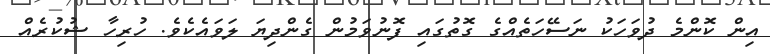
އިން ކޮންމެ ދުވަހަކު ނަސޭހަތެއްގެ ގޮތުގައި ފޮނުވަމުން ގެންދިޔަ ލަވައެކެވެ. ހުރިހާ ޝުކުރެއް